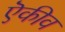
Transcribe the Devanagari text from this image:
ऎकीव